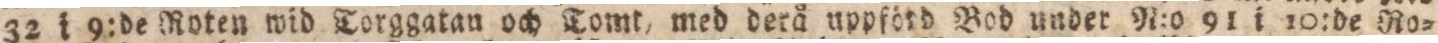
32 i 9:de Roten wid Torggatan och Tomt, med derå uppförd Bod under N:o 91 i 10:de Ro-